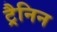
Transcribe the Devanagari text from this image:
ट्रैनिन